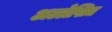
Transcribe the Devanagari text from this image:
अल्लेखित